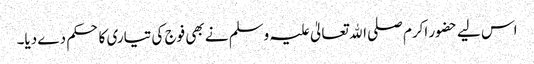
اس لیے حضور اکرم صلی اﷲ تعالیٰ علیہ وسلم نے بھی فوج کی تیاری کا حکم دے دیا۔